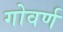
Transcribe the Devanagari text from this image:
गोवर्ण